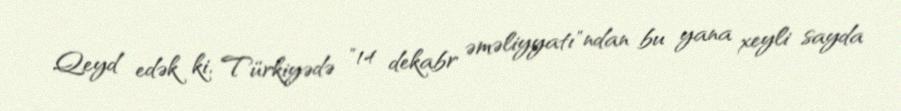
Qeyd edək ki, Türkiyədə "14 dekabr əməliyyatı"ndan bu yana xeyli sayda